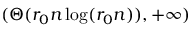
( \Theta ( r _ { 0 } n \log ( r _ { 0 } n ) ) , + \infty )